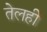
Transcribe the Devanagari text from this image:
तेलही